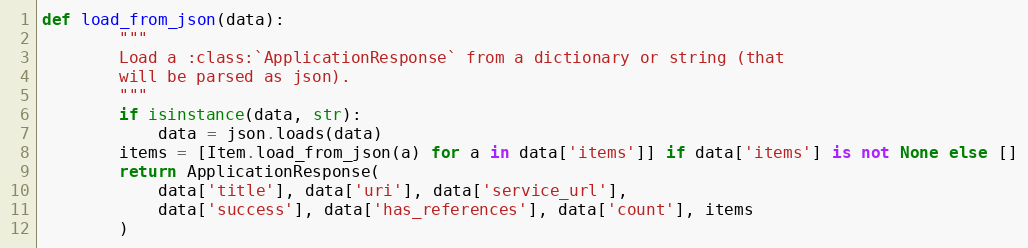
Language: Python
def load_from_json(data):
        """
        Load a :class:`ApplicationResponse` from a dictionary or string (that
        will be parsed as json).
        """
        if isinstance(data, str):
            data = json.loads(data)
        items = [Item.load_from_json(a) for a in data['items']] if data['items'] is not None else []
        return ApplicationResponse(
            data['title'], data['uri'], data['service_url'],
            data['success'], data['has_references'], data['count'], items
        )